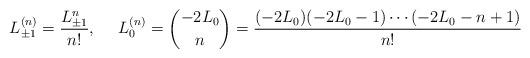
LaTeX: \begin{align*} L_{\pm 1}^{(n)}=\frac{L_{\pm 1}^n}{n!},\ \ \ \ L_{0}^{(n)}= \binom{-2L_0}{n}=\frac{(-2L_0)(-2L_0-1)\cdots(-2L_0-n+1)}{n!}\end{align*}